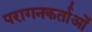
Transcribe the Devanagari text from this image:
परागनकर्ताओं